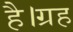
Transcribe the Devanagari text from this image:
है।ग्रह